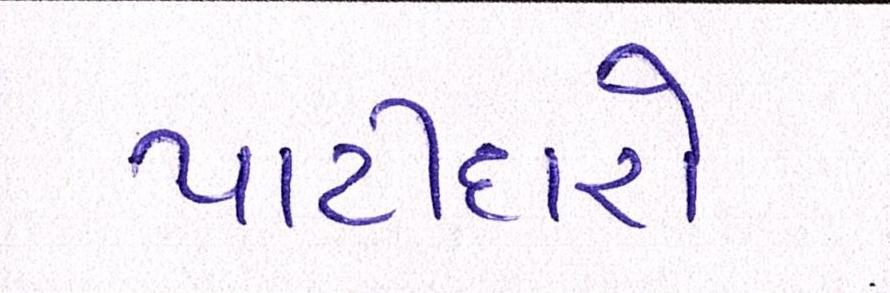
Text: પાટીદારો